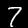
Digit: 7